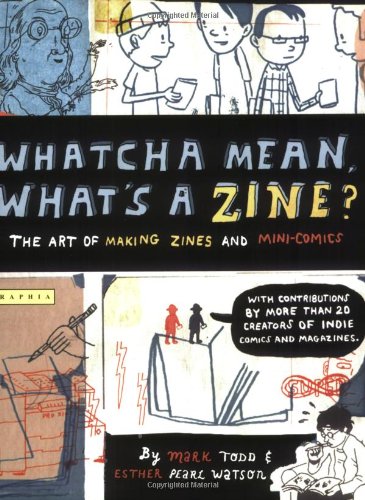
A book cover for Whatcha Mean, What's a Zine?; Esther Watson; Teen & Young Adult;